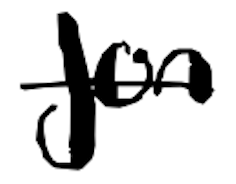
Text: Jon
Cross-out: single-line
Writing tool: digital_black